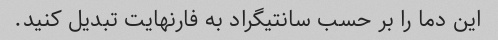
این دما را بر حسب سانتیگراد به فارنهایت تبدیل کنید.